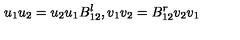
u _ { 1 } u _ { 2 } = u _ { 2 } u _ { 1 } B _ { 1 2 } ^ { l } , v _ { 1 } v _ { 2 } = B _ { 1 2 } ^ { r } v _ { 2 } v _ { 1 }